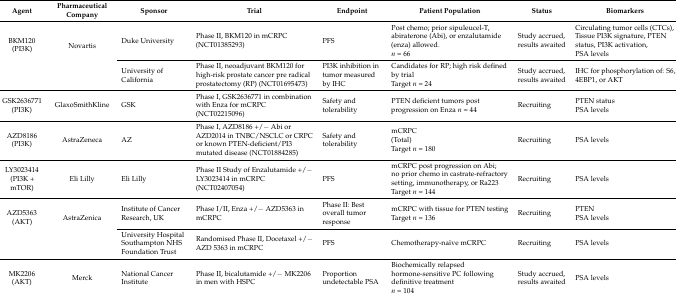
<table><thead><tr><td><b>Agent</b></td><td><b>Pharmaceutical Company</b></td><td><b>Sponsor</b></td><td><b>Trial</b></td><td><b>Endpoint</b></td><td><b>Patient Population</b></td><td><b>Status</b></td><td><b>Biomarkers</b></td></tr></thead><tbody><tr><td rowspan="2">BKM120 (PI3K)</td><td rowspan="2">Novartis</td><td>Duke University</td><td>Phase II, BKM120 in mCRPC (NCT01385293)</td><td>PFS</td><td>Post chemo; prior sipuleucel-T, abiraterone (Abi), or enzalutamide (enza) allowed. <i>n</i> = 66</td><td>Study accrued, results awaited</td><td>Circulating tumor cells (CTCs), Tissue PI3K signature, PTEN status, PI3K activation, PSA levels</td></tr><tr><td>University of California</td><td>Phase II, neoadjuvant BKM120 for high-risk prostate cancer pre radical prostatectomy (RP) (NCT01695473)</td><td>PI3K inhibition in tumor measured by IHC</td><td>Candidates for RP; high risk defined by trial Target <i>n</i> = 24</td><td>Study accrued, results awaited </td><td>IHC for phosphorylation of: S6, 4EBP1, or AKT</td></tr><tr><td>GSK2636771 (PI3K)</td><td>GlaxoSmithKline</td><td>GSK</td><td>Phase I, GSK2636771 in combination with Enza for mCRPC (NCT02215096)</td><td>Safety and tolerability</td><td>PTEN deficient tumors post progression on Enza <i>n</i> = 44</td><td>Recruiting</td><td>PTEN status PSA levels</td></tr><tr><td>AZD8186 (PI3K)</td><td>AstraZeneca</td><td>AZ </td><td>Phase I, AZD8186 +/− Abi or AZD2014 in TNBC/NSCLC or CRPC or known PTEN-deficient/PI3 mutated disease (NCT01884285)</td><td>Safety and tolerability</td><td>mCRPC (Total) Target <i>n</i> = 180</td><td>Recruiting</td><td>PSA levels</td></tr><tr><td>LY3023414 (PI3K + mTOR)</td><td>Eli Lilly</td><td>Eli Lilly </td><td>Phase II Study of Enzalutamide +/− LY3023414 in mCRPC (NCT02407054)</td><td>PFS </td><td>mCRPC post progression on Abi; no prior chemo in castrate-refractory setting, immunotherapy, or Ra223 Target <i>n</i> = 144</td><td>Recruiting</td><td>PSA levels</td></tr><tr><td rowspan="2">AZD5363 (AKT)</td><td rowspan="2">AstraZenica</td><td>Institute of Cancer Research, UK</td><td>Phase I/II, Enza +/− AZD5363 in mCRPC</td><td>Phase II: Best overall tumor response </td><td>mCRPC with tissue for PTEN testing Target <i>n</i> = 136</td><td>Recruiting</td><td>PTEN PSA levels</td></tr><tr><td>University Hospital Southampton NHS Foundation Trust</td><td>Randomised Phase II, Docetaxel +/− AZD 5363 in mCRPC</td><td>PFS</td><td>Chemotherapy-naïve mCRPC</td><td>Recruiting</td><td>PSA levels</td></tr><tr><td>MK2206 (AKT)</td><td>Merck</td><td>National Cancer Institute</td><td>Phase II, bicalutamide +/− MK2206 in men with HSPC</td><td>Proportion undetectable PSA</td><td>Biochemically relapsed hormone-sensitive PC following definitive treatment <i>n</i> = 104</td><td>Study accrued, results awaited</td><td>PSA levels</td></tr></tbody></table>